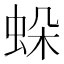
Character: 𧊶